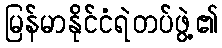
မြန်မာနိုင်ငံရဲတပ်ဖွဲ့၏